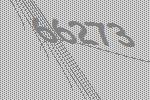
66273